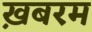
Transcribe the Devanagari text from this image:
ख़बरम